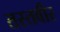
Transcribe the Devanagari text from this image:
तस्तवीर